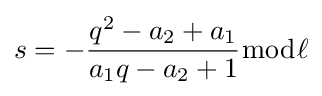
s=-{\dfrac {q^{2}-a_{2}+a_{1}}{a_{1}q-a_{2}+1}}{\bmod {\ell }}